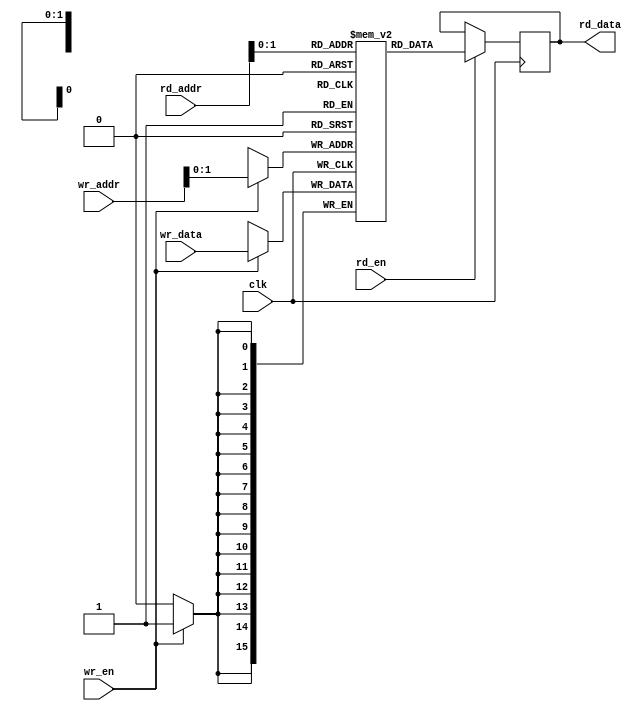
module weight_memory 
#(
    parameter   WEIGHT_NUM  = 3  ,          // 权重的数量
                NEURON_NO   = 5  ,          // 神经元编号
                LAYER_NO    = 1  ,          // 层数编号
                ADDR_WIDTH  = 10 ,          // 地址位宽
                DATA_WIDTH  = 16 ,          // 数据位宽
                WEIGHT_FILE = "w_1_15.mif"  // 权重储存的mif文件
)   
(
    // 时钟复位信号
    input       clk         , 
    // 写接口
    input                        wr_en   ,      // 写使能
    input       [ADDR_WIDTH-1:0] wr_addr ,      // 写地址
    input       [DATA_WIDTH-1:0] wr_data ,      // 写数据
    // 读接口
    input                        rd_en   ,      // 读使能
    input       [ADDR_WIDTH-1:0] rd_addr ,      // 读地址
    output reg  [DATA_WIDTH-1:0] rd_data       // 读数据
);

reg [DATA_WIDTH-1 :0] mem [WEIGHT_NUM-1 :0];   // 创建一个mem buffer来寄存数据

// 写入数据  （根据Pretrained 来判断是从mif文件中读取还是根据时序输入）
`ifdef  pretrained 
    initial
        begin
            $readmemb(WEIGHT_FILE, mem);
        end
`else
    always @(posedge clk) begin
        if (wr_en) begin
            mem[wr_addr] <= wr_data;
        end
    end
`endif

// 读取数据
always @(posedge clk)
    begin
        if (rd_en)
        begin
            rd_data <= mem[rd_addr];
        end
    end 

endmodule